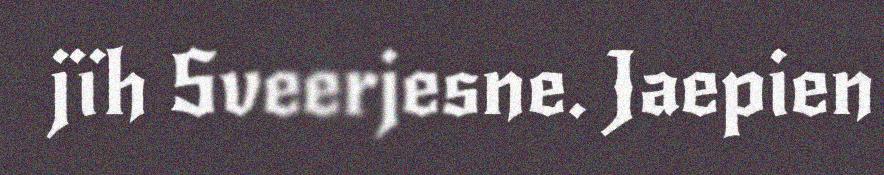
jïh Sveerjesne. Jaepien